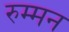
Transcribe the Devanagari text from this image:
रुम्मन